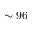
\sim 9 6